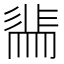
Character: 𭛖